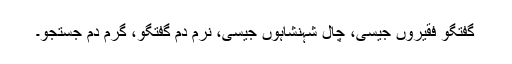
گفتگو فقیروں جیسی، چال شہنشاہوں جیسی، نرم دم گفتگو، گرم دِم جستجو۔